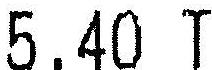
5.40 T